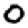
Digit: 0